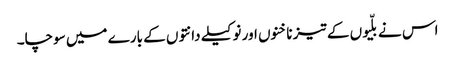
اس نے بلّیوں کے تیز ناخنوں اور نوکیلے دانتوں کے بارے میں سوچا۔